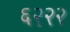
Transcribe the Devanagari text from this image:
६२२२